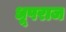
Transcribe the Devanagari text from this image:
धूपराज